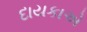
દાયકાએ